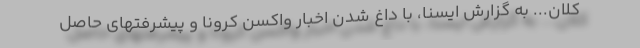
کلان... به گزارش ایسنا، با داغ شدن اخبار واکسن کرونا و پیشرفتهای حاصل